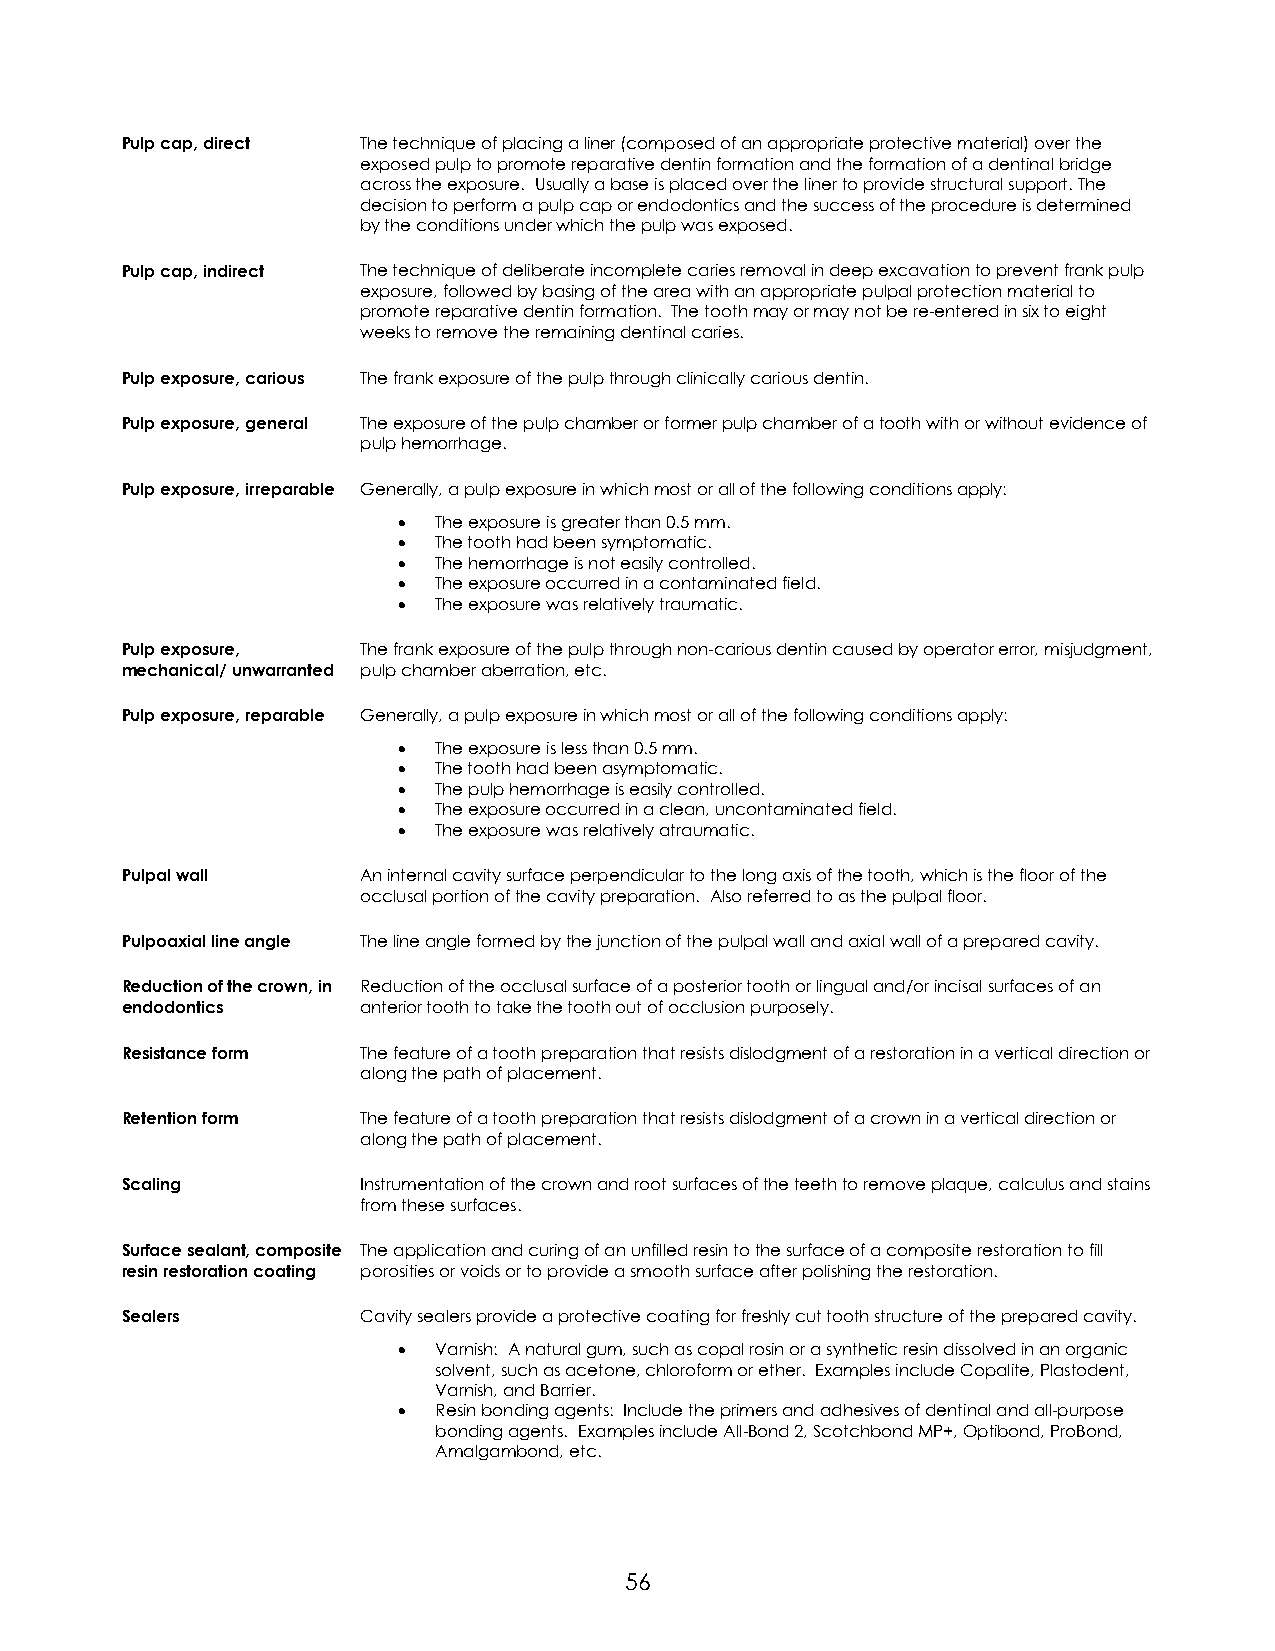
Pulp cap, direct The technique of placing a liner (composed of an appropriate protective material) over the
 exposed pulp to promote reparative dentin formation and the formation of a dentinal bridge
 across the exposure. Usually a base is placed over the liner to provide structural support. The
 decision to perform a pulp cap or endodontics and the success of the procedure is determined
 by the conditions under which the pulp was exposed.
 Pulp cap, indirect The technique of deliberate incomplete caries removal in deep excavation to prevent frank pulp
 exposure, followed by basing of the area with an appropriate pulpal protection material to
 promote reparative dentin formation. The tooth may or may not be re-entered in six to eight
 weeks to remove the remaining dentinal caries.
 Pulp exposure, carious The frank exposure of the pulp through clinically carious dentin.
 Pulp exposure, general The exposure of the pulp chamber or former pulp chamber of a tooth with or without evidence of
 pulp hemorrhage.
 Pulp exposure, irreparable Generally, a pulp exposure in which most or all of the following conditions apply:
 •  The exposure is greater than 0.5 mm.
 •  The tooth had been symptomatic.
 •  The hemorrhage is not easily controlled.
 •  The exposure occurred in a contaminated field.
 •  The exposure was relatively traumatic.
 Pulp exposure,  The frank exposure of the pulp through non-carious dentin caused by operator error, misjudgment,
 mechanical/ unwarranted pulp chamber aberration, etc.
 Pulp exposure, reparable Generally, a pulp exposure in which most or all of the following conditions apply:
 •  The exposure is less than 0.5 mm.
 •  The tooth had been asymptomatic.
 •  The pulp hemorrhage is easily controlled.
 •  The exposure occurred in a clean, uncontaminated field.
 •  The exposure was relatively atraumatic.
 Pulpal wall     An internal cavity surface perpendicular to the long axis of the tooth, which is the floor of the
 occlusal portion of the cavity preparation. Also referred to as the pulpal floor.
 Pulpoaxial line angle The line angle formed by the junction of the pulpal wall and axial wall of a prepared cavity.
 Reduction of the crown, in Reduction of the occlusal surface of a posterior tooth or lingual and/or incisal surfaces of an
 endodontics     anterior tooth to take the tooth out of occlusion purposely.
 Resistance form The feature of a tooth preparation that resists dislodgment of a restoration in a vertical direction or
 along the path of placement.
 Retention form  The feature of a tooth preparation that resists dislodgment of a crown in a vertical direction or
 along the path of placement.
 Scaling         Instrumentation of the crown and root surfaces of the teeth to remove plaque, calculus and stains
 from these surfaces.
 Surface sealant, composite The application and curing of an unfilled resin to the surface of a composite restoration to fill
 resin restoration coating porosities or voids or to provide a smooth surface after polishing the restoration.
 Sealers         Cavity sealers provide a protective coating for freshly cut tooth structure of the prepared cavity.
 •  Varnish: A natural gum, such as copal rosin or a synthetic resin dissolved in an organic
 solvent, such as acetone, chloroform or ether. Examples include Copalite, Plastodent,
 Varnish, and Barrier.
 •  Resin bonding agents: Include the primers and adhesives of dentinal and all-purpose
 bonding agents. Examples include All-Bond 2, Scotchbond MP+, Optibond, ProBond,
 Amalgambond, etc.
 56